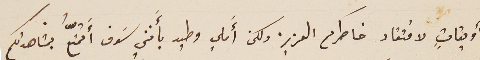
أويقاتٍ لافتقاد خاطركم العزيز ولكن أَملي وطيد بأَنني سَوف أَتمتّعُ بمشاهدتكم